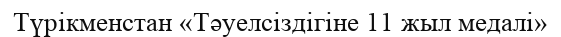
Түрікменстан «Тәуелсіздігіне 11 жыл медалі»